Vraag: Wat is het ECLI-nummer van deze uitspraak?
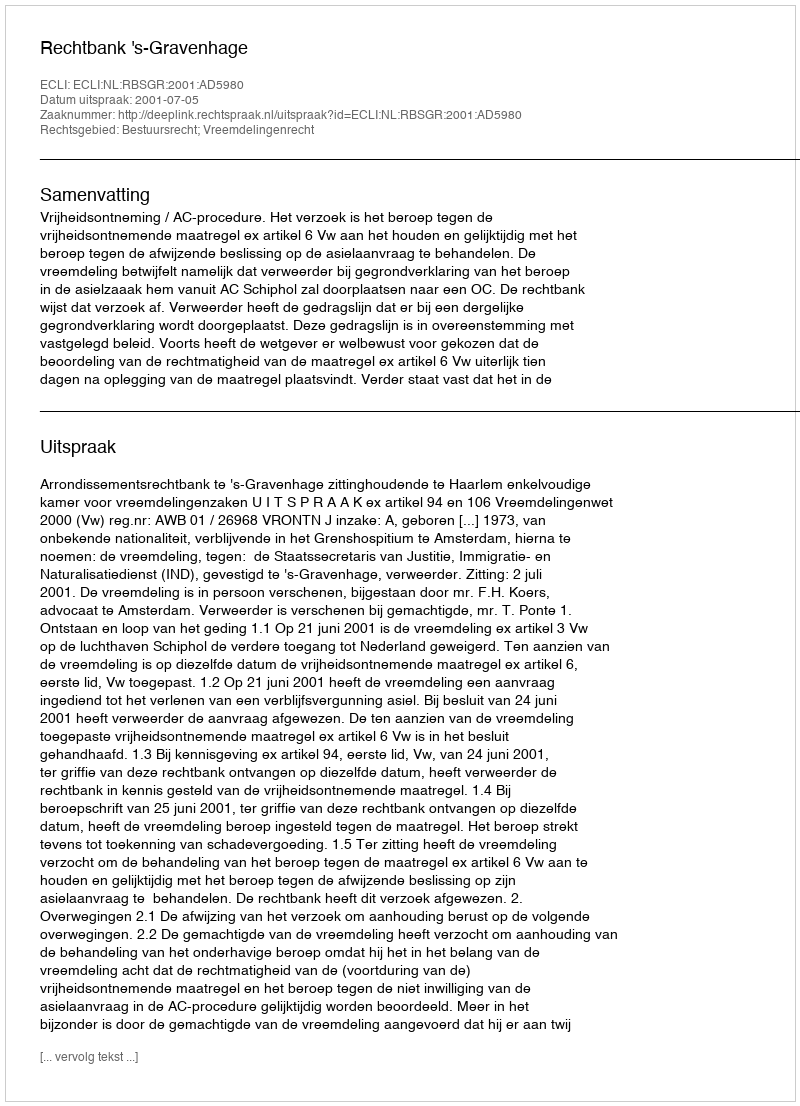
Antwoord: ECLI:NL:RBSGR:2001:AD5980